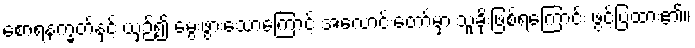
စောရနက္ခတ်နှင့် ယှဉ်၍ မွေးဖွားသောကြောင့် အလောင်းတော်မှာ သူခိုးဖြစ်ရကြောင်း ဖွင့်ပြထား၏။